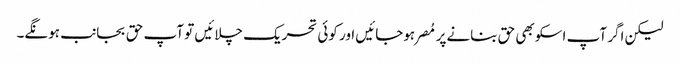
لیکن اگر آپ اسکو بھی حق بنانےپر مُصر ہوجائیں اور کوئی تحریک چلائیں تو آپ حق بجانب ہونگے۔